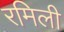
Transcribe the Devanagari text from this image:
रमिली